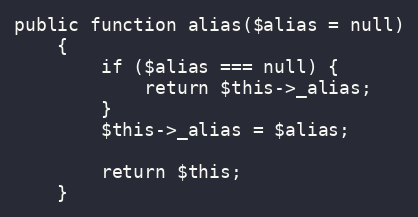
Language: PHP
public function alias($alias = null)
    {
        if ($alias === null) {
            return $this->_alias;
        }
        $this->_alias = $alias;

        return $this;
    }